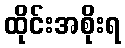
ထိုင်းအစိုးရ